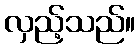
လှည့်သည်။